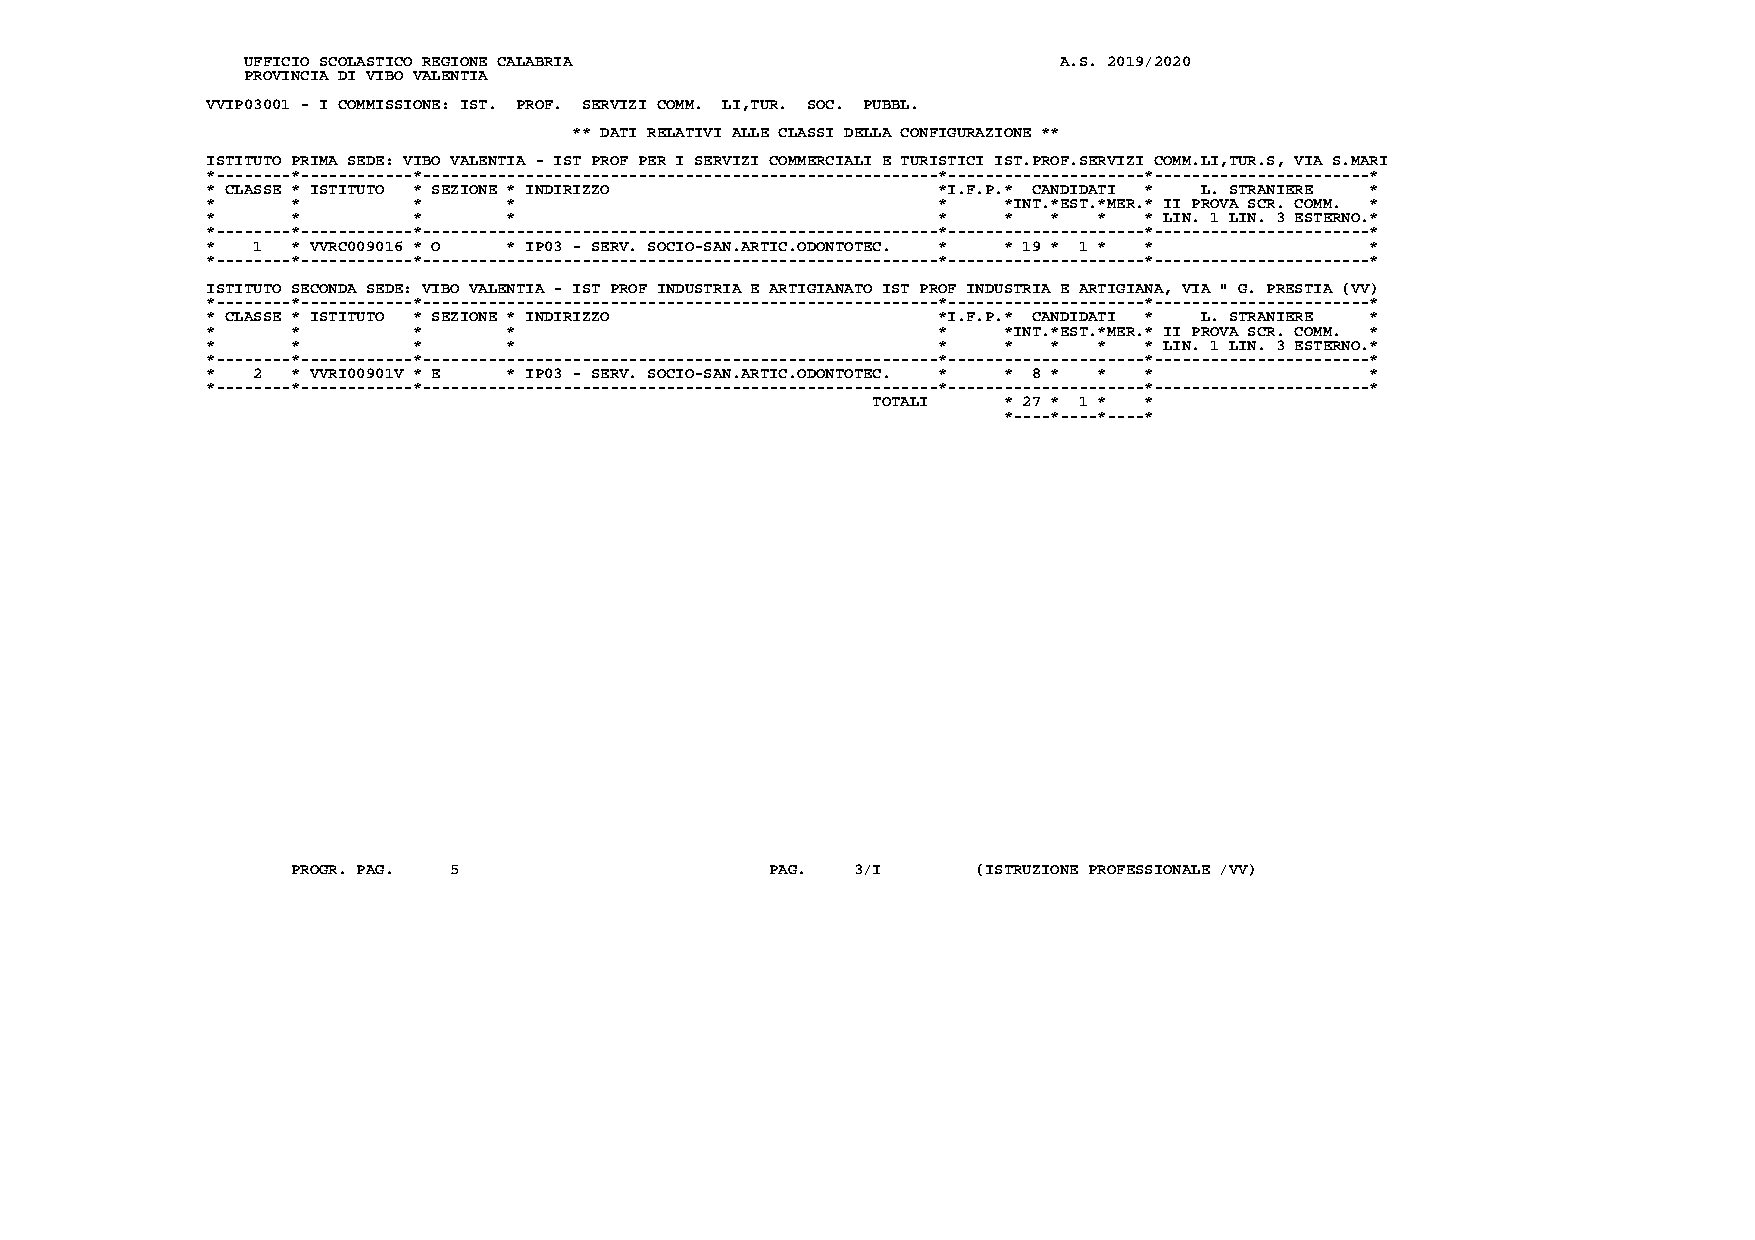
UFFICIO SCOLASTICO REGIONE CALABRIA                   A.S. 2019/2020
 PROVINCIA DI VIBO VALENTIA
 VVIP03001 - I COMMISSIONE: IST. PROF. SERVIZI COMM. LI,TUR. SOC. PUBBL.
 ** DATI RELATIVI ALLE CLASSI DELLA CONFIGURAZIONE **
 ISTITUTO PRIMA SEDE: VIBO VALENTIA - IST PROF PER I SERVIZI COMMERCIALI E TURISTICI IST.PROF.SERVIZI COMM.LI,TUR.S, VIA S.MARI
 *--------*------------*-------------------------------------------------------*---------------------*-----------------------*
 * CLASSE * ISTITUTO * SEZIONE * INDIRIZZO       *I.F.P.* CANDIDATI * L. STRANIERE *
 *    *       *      *                           *   *INT.*EST.*MER.* II PROVA SCR. COMM. *
 *    *       *      *                           *   *   *  *  * LIN. 1 LIN. 3 ESTERNO.*
 *--------*------------*-------------------------------------------------------*---------------------*-----------------------*
 *  1 * VVRC009016 * O * IP03 - SERV. SOCIO-SAN.ARTIC.ODONTOTEC. * * 19 * 1 * * *
 *--------*------------*-------------------------------------------------------*---------------------*-----------------------*
 ISTITUTO SECONDA SEDE: VIBO VALENTIA - IST PROF INDUSTRIA E ARTIGIANATO IST PROF INDUSTRIA E ARTIGIANA, VIA " G. PRESTIA (VV)
 *--------*------------*-------------------------------------------------------*---------------------*-----------------------*
 * CLASSE * ISTITUTO * SEZIONE * INDIRIZZO       *I.F.P.* CANDIDATI * L. STRANIERE *
 *    *       *      *                           *   *INT.*EST.*MER.* II PROVA SCR. COMM. *
 *    *       *      *                           *   *   *  *  * LIN. 1 LIN. 3 ESTERNO.*
 *--------*------------*-------------------------------------------------------*---------------------*-----------------------*
 *  2 * VVRI00901V * E * IP03 - SERV. SOCIO-SAN.ARTIC.ODONTOTEC. * * 8 * * *  *
 *--------*------------*-------------------------------------------------------*---------------------*-----------------------*
 TOTALI  * 27 * 1 * *
 *----*----*----*
 PROGR. PAG. 5                   PAG. 3/I      (ISTRUZIONE PROFESSIONALE /VV)